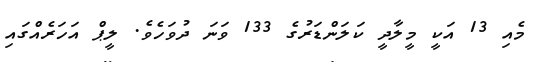
މެއި 13 އަކީ މީލާދީ ކަލަންޑަރުގެ 133 ވަނަ ދުވަހެވެ. ލީޕް އަހަރެއްގައި